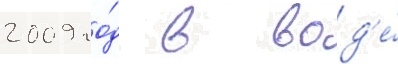
2009 го́д в вод'е́